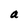
Character: a